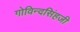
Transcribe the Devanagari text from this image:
गोविन्दसिंहजी